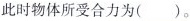
此时物体所受合力为()。